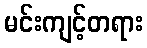
မင်းကျင့်တရား